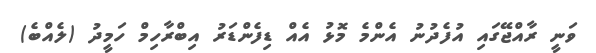
ވަނީ ރާއްޖޭގައި އުފެދުނު އެންމެ މޮޅު އެއް ޑިފެންޑަރު އިބްރާހިމް ހަމީދު (ލެއްބެ)